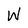
Character: W